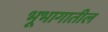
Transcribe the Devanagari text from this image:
भूभागातील